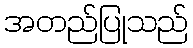
အတည်ပြုသည်